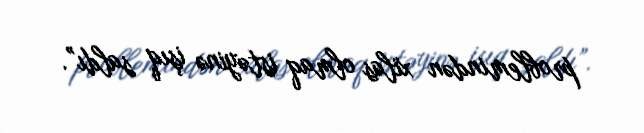
problemindən xilas olmaq istəyinə işıq saldı”.